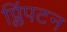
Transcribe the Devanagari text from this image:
प्लिंपटन